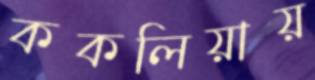
ককলিয়ায়